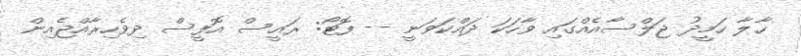
ހާލާ ހަމީދު ޖަލްސާއެއްގައި ވާހަކަ ދައްކަވަނީ -- ފޮޓޯ: ރައީސް އޮފީސް ދިވެހިރާއްޖެއިން